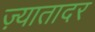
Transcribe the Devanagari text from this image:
ज़्यातादर